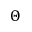
\Theta